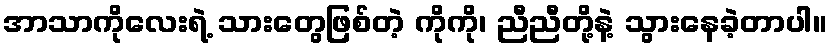
အာသာကိုလေးရဲ့ သားတွေဖြစ်တဲ့ ကိုကို၊ ညီညီတို့နဲ့ သွားနေခဲ့တာပါ။